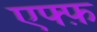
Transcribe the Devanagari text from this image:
एफ्फ़